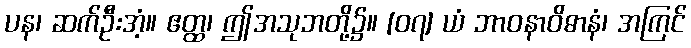
ပန၊ ဆက်ဦးအံ့။ ဧတ္ထ၊ ဤအသုဘတို့၌။ [၀၇] ယံ ဘာဝနာဝိဓာနံ၊ အကြင်